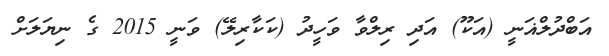
އަބްދުލްޣަނީ (އަކޫ) އަދި ރިލްވާ ވަހީދު (ކަކާރިލޭ) ވަނީ 2015 ގެ ނިޔަލަށް